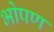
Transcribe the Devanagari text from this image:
भोपण